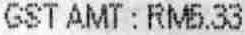
GST AMT : RM5.33